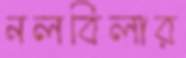
নলবিলার